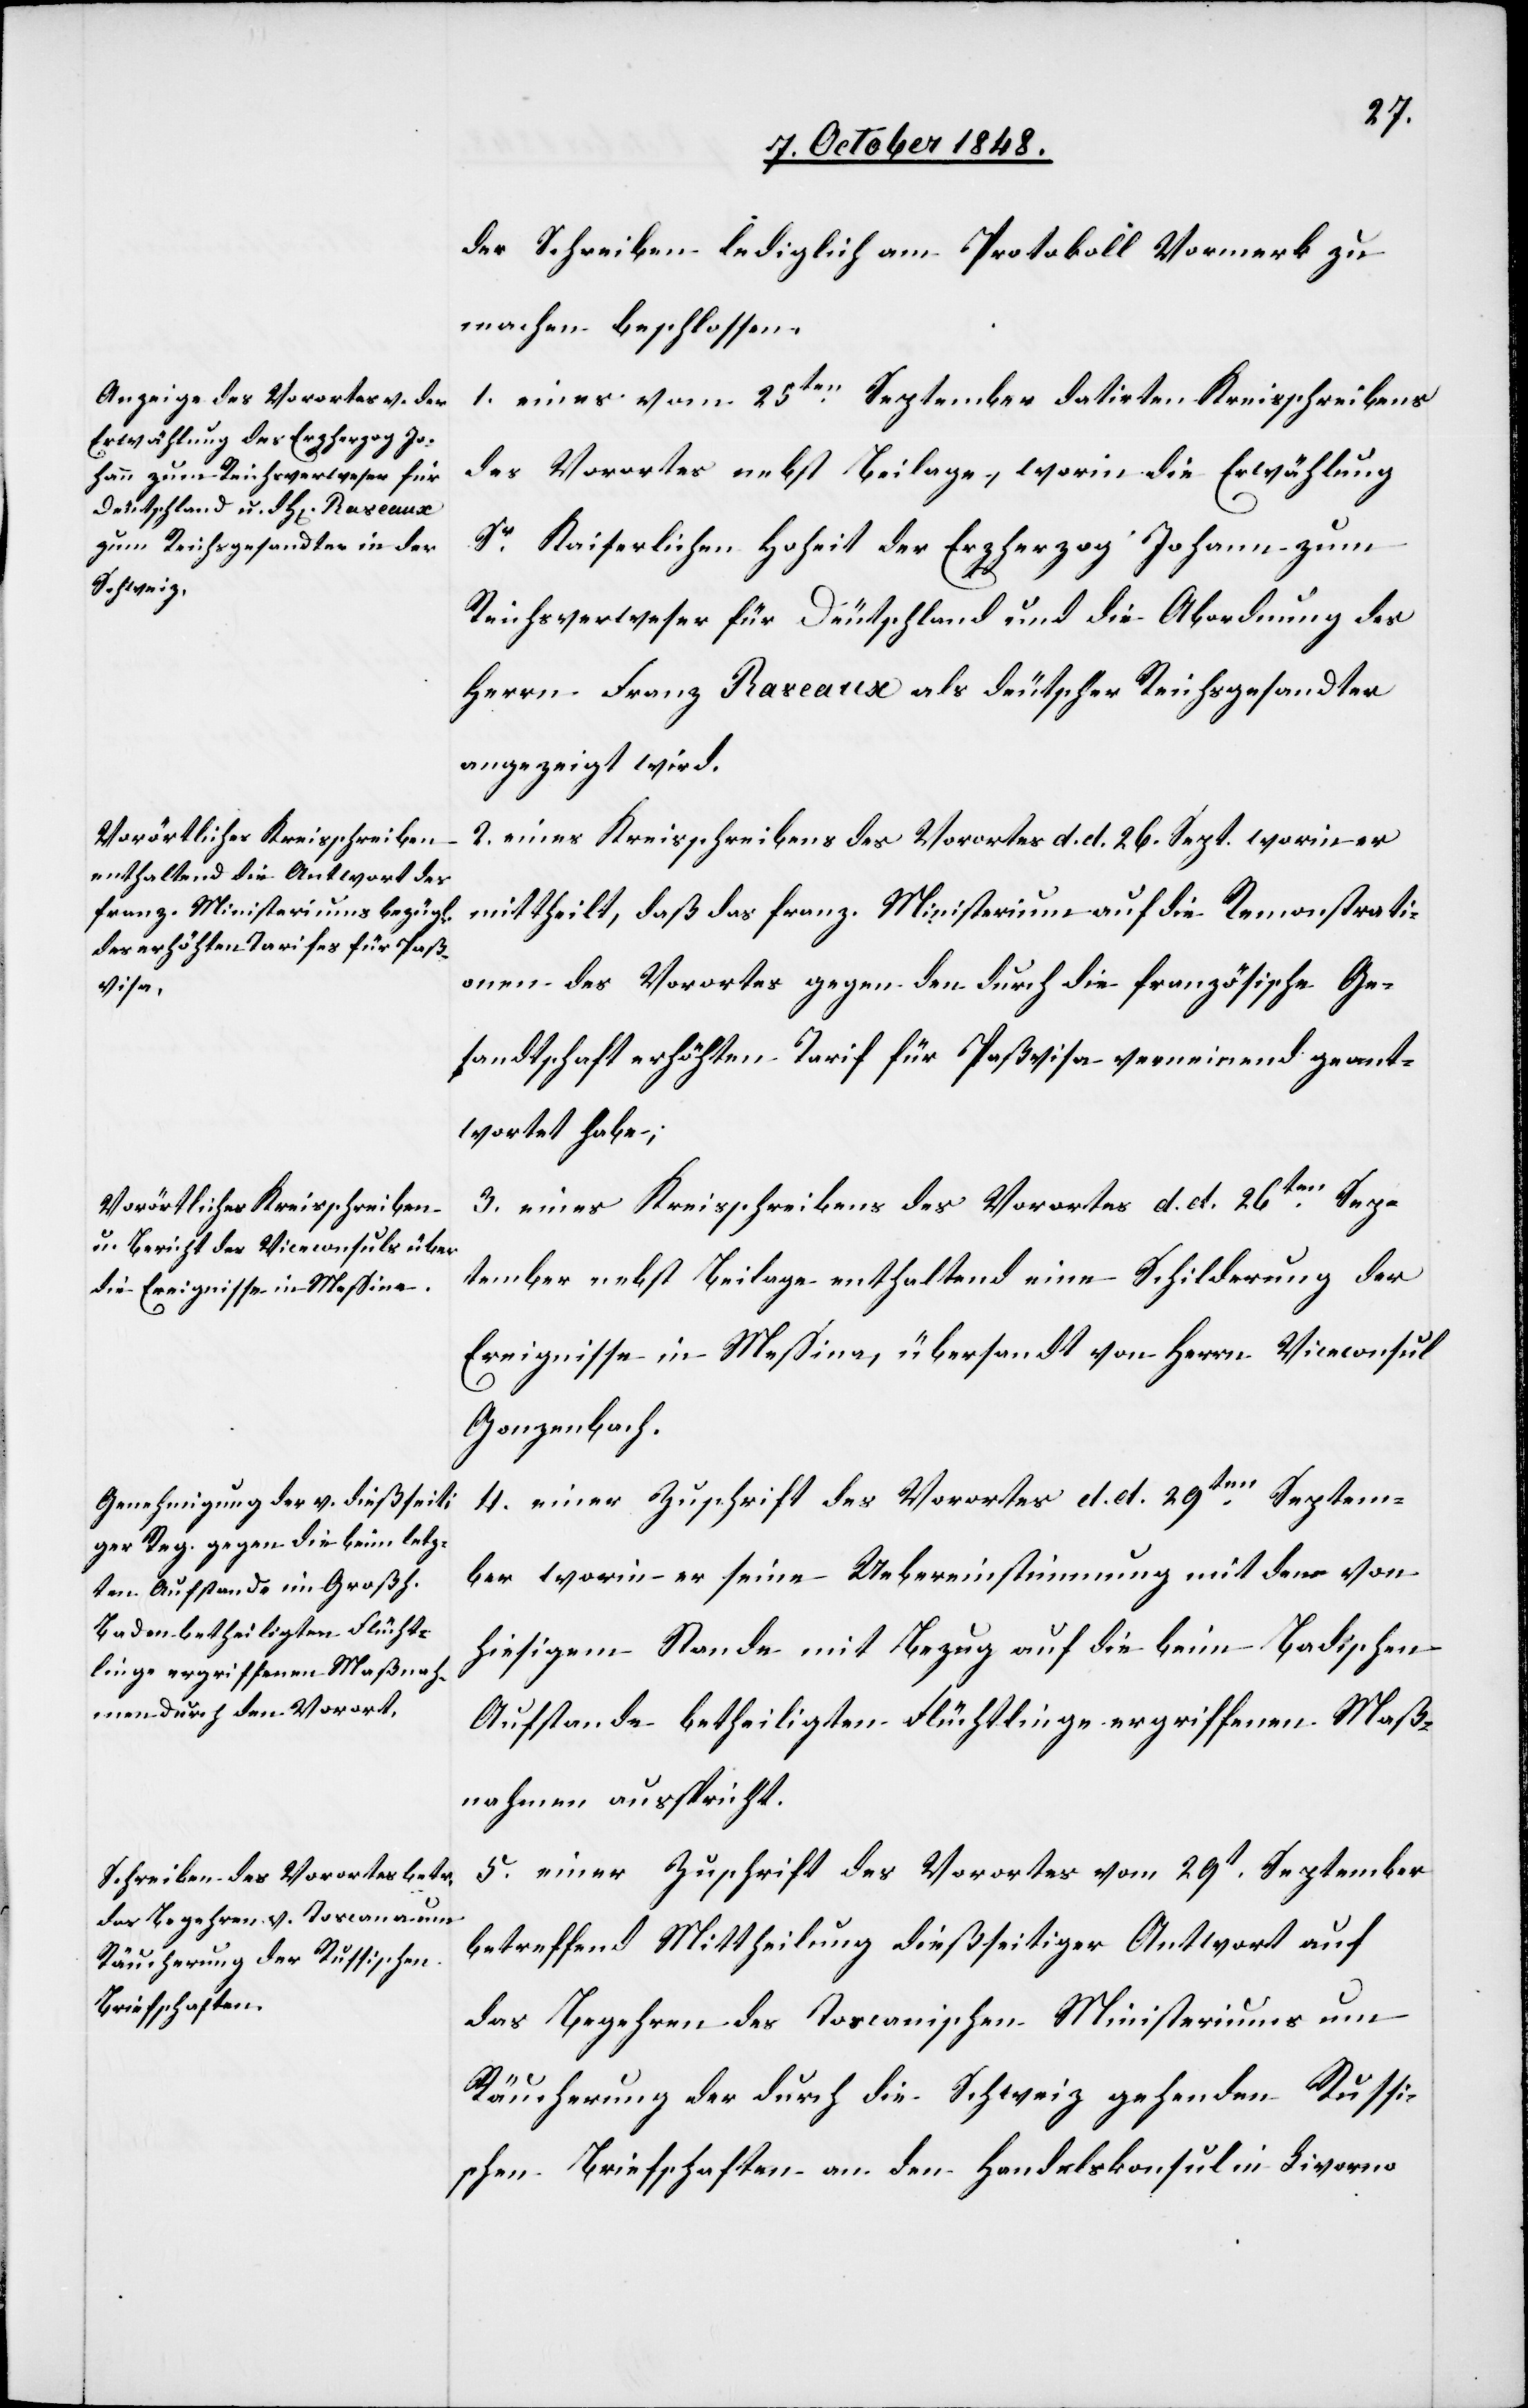
der Schreiben lediglich am Protokoll Vormerk zu
machen beschlossen.
1. eines vom 25ten September datirten Kreisschreibens
des Vorortes nebst Beilage, worin die Erwählung
Sr. Kaiserlichen Hoheit der Erzherzog Johann zum
Reichsverweser für Deutschland und die Abordnung des
Herrn Franz Raseanse als deutscher Reichsgesandter
angezeigt wird.
2. Eines Kreisschreibens des Vorortes d. d. 26. Sept. worin er
mittheilt, daß das franz. Ministerium auf die Remonstrati¬
onen des Vorortes gegen den durch die französische Ge¬
sandtschaft erhöhten Tarif für Paßvisa verneinend geant¬
wortet habe;
3. eines Kreisschreibens des Vorortes d. d. 26ten Sep¬
tember nebst Beilage enthaltend eine Schilderung der
Ereignisse in Meßina, übersandt von Herrn Viceconsul
Gonzenbach.
4. einer Zuschrift des Vorortes d. d. 29ten Septem¬
ber worin er seine Uebereinstimmung mit den von
hiesigem Stande mit Bezug auf die beim Badischen
Aufstande betheiligten Flüchtlinge ergriffenen Maß¬
nahmen ausspricht.
5. einer Zuschrift des Vorortes vom 29t. September
betreffend Mittheilung dießseitiger Antwort auf
das Begehren des Toscanischen Ministeriums um
Räucherung der durch die Schweiz gehenden Russi¬
schen Briefschaften an den Handelskonsul in Livorno